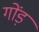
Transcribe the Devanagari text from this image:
गोंड़